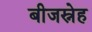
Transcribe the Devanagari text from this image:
बीजस्नेह